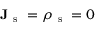
\mathbf { J } _ { \mathrm { ~ s ~ } } = \rho _ { \mathrm { ~ s ~ } } = 0